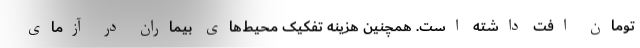
تومان افت داشته است. همچنین هزینه تفکیک محیط‌های بیماران در آزمای